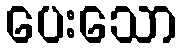
ပေးသော